Cholera in southern India
Disease focus: Cholera
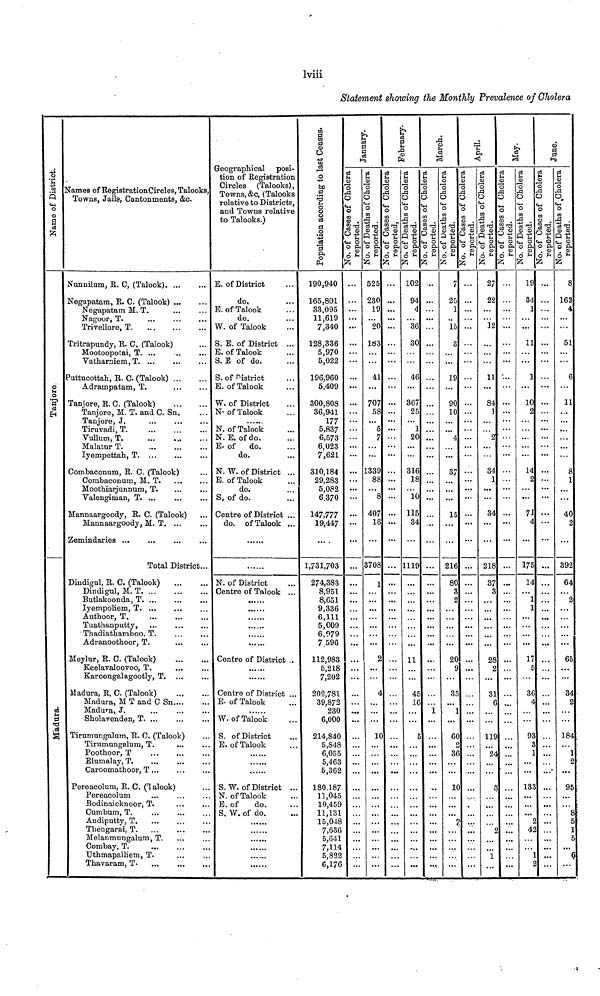
lviii
Statement showing the Monthly Prevalence of Cholera
Name of District
Tanjore
Madura
Names of RegistrationCircles, Talooks Towns, Jails, Cantonments, &c.
Nunnilum, R. C, (Talook)
Negapatam, R. 0. (Talook)
Negapatam M. T.
Nagoor, T.
Trivellore, T
Tritrapundy, R. G (Talook)
Mootoopotai, T
Vatharniem, T
Puttucottah, R. C. (Talook)
Adrarnpatam, T.
Tanjore, R. 0. (Talook)
Tanjore, M. T. and C. Sn.
Tanjore, J«
...
...
Tiruvadi, T
Vullum, T
MalaturT.
Iyempettah, T. ...
...
Combaconum, R. 0. (Talook)
Combaconum, M. T
Moothiarjumram, T.
...
Valengiman, T. ...
...
Mannaargoody, R. c. (Talook)
Mannaargoody, M. T
Zemindaries ...
...
...
Total Distric
Dindigul, R. C. (Talook)
Dindignl, M. T
Butlakoonda, T. ...
...
Iyempoliem, T. ...
...
Authoor, T,
...
...
Tuathanputty, ...
...
Thadiathamboo, T.
...
Adranoothoor, T.
...
Meylur, R. C. (Talook)
Keelavaloovoo, T.
...
Karoongalagootly, T. ...
Madura, R, C (Talook)
Madura, M T and C Sn
Madura, J.
Sholavenden, T
Tirumungaîum, R. C. (Talook)
Tirumungalum, T.
...
Poothoor, T
Elumalay,T
Caroomathoor, T...
...
Pereacolum, R. C. (lalook)
Pereacolum
...
Bodinaicknoor, T.
Cumbum, T
Audiputty, T
Thengarai, T.
Melanmungalum, T.
Combay, T.
Uthmapalliem, T-
...
Thavaram, T. ...
...
...
.
...
...
...
...
...
...
t...
...
...
...
...
...
...
...
...
...
...
...
...
...
Geographical posi-
tion of Registration
Circles
relative to District,
and Towns relative
to Talooks.)
E. of District
do,
B. of Talook
do.
W. of Talook
S. E. of District ...
E. of Talook
S. E of do.
S. of District
E. of Talook
W. of District
N. of Talook
N. of Talook
N. E. of do.
E.of
do.
do.
N. W. of District ...
E. of Talook
do.
S, of do.
Centre of District ...
do. of Talook ...
N. of District
Centre of Talook ...
Centre of District .
Centre of District ...
E- of Talook
W. of Talook
S. of District
E. of Talook
S. W. of District ...
N. of Talook
E. of
do.
S, W. of do.
190,940
165,801
33,095
11,619
7,340
128,336
5,970
5,022
196,960
5,409
300,808
36,941
177
5,837
6,573
6,023
7,621
310,184
29,283
5,082
6.370
147,777
19,447
1,731,703
274,383
8,951
8,651
9,336
6,111
5,009
6,079
7 596
112,983
5,218
7,202
202,781
39,872
230
6,000
214,840
5 848
6 055
5 463
5,362
180.187
11,045
10,459
11,131
15,048
7,636
5 641
7 114
5,822
6,176
...
...
...
...
...
...
•••
•••
...
—
...—
•••
•••
•••
—
...
—
•••
...
».
•••
...
...
...
...
...
...
...
...
...
...
...
...
...
...
...
...
...
...
...
...
...
...
...
...
...
525
230
19
20
183
41
707
58
5
7
339
88
8
407
16
708
1
2
4
10
...
...
...
...
...
...
...
...
...
•••
...
...
...
...
...
...
...
...
...
102
94
4
36
30
46
367
25
1
20
316
18
10
115
34
1119
11
45
16
5
...
...
...
...
...
...
...
...
...
...
...
...
...
...
1
...
7
25
1
15
3
19
90
10
4
37
15
216
80
3
2
20
9
35
1
60
o
36
10
7
...
...
...
27
22
12
11
84
1
2
34
1
34
218
37
3
28
2
31
6
119
26
3
9
1
...
...
...
....
...
...
•••
...
...
...
...
...
...
...
...
...
...
...
...
19
34 1
11
1
10
2
14
2
71
4
175
14 1
1
17
C
5
36
4
93
3
1
...
133
42
1
n
...
...
...
...
...
...
...
...
...
...
...
...
...
...
...
...
• . •
...
...
...
...
8
162
4
51
6
11
8
1
40
2
392
64
2
65
34
o
184 ]
95
8
5
•1
c